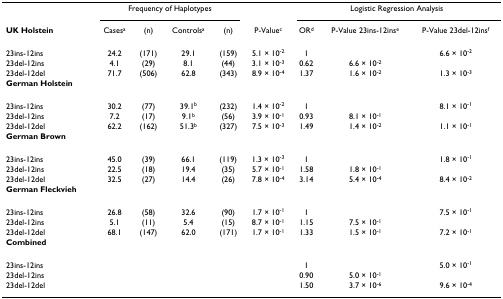
<table><thead><tr><td></td><td colspan="4"><b>Frequency of Haplotypes</b></td><td></td><td colspan="3"><b>Logistic Regression Analysis</b></td></tr><tr><td><b>UK Holstein</b></td><td><b>Cases<sup>a</sup></b></td><td><b>(n)</b></td><td><b>Controls<sup>a</sup></b></td><td><b>(n)</b></td><td><b>P-Value<sup>c</sup></b></td><td><b>OR<sup>d</sup></b></td><td><b>P-Value 23ins-12ins<sup>e</sup></b></td><td><b>P-Value 23del-12ins<sup>f</sup></b></td></tr></thead><tbody><tr><td>23ins-12ins</td><td>24.2</td><td>(171)</td><td>29.1</td><td>(159)</td><td>5.1 × 10<sup>-2</sup></td><td>1</td><td></td><td>6.6 × 10<sup>-2</sup></td></tr><tr><td>23del-12ins</td><td>4.1</td><td>(29)</td><td>8.1</td><td>(44)</td><td>3.1 × 10<sup>-3</sup></td><td>0.62</td><td>6.6 × 10<sup>-2</sup></td><td></td></tr><tr><td>23del-12del</td><td>71.7</td><td>(506)</td><td>62.8</td><td>(343)</td><td>8.9 × 10<sup>-4</sup></td><td>1.37</td><td>1.6 × 10<sup>-2</sup></td><td>1.3 × 10<sup>-3</sup></td></tr><tr><td><b>German Holstein</b></td><td></td><td></td><td></td><td></td><td></td><td></td><td></td><td></td></tr><tr><td>23ins-12ins</td><td>30.2</td><td>(77)</td><td>39.1<sup>b</sup></td><td>(232)</td><td>1.4 × 10<sup>-2</sup></td><td>1</td><td></td><td>8.1 × 10<sup>-1</sup></td></tr><tr><td>23del-12ins</td><td>7.2</td><td>(17)</td><td>9.1<sup>b</sup></td><td>(56)</td><td>3.9 × 10<sup>-1</sup></td><td>0.93</td><td>8.1 × 10<sup>-1</sup></td><td></td></tr><tr><td>23del-12del</td><td>62.2</td><td>(162)</td><td>51.3<sup>b</sup></td><td>(327)</td><td>7.5 × 10<sup>-3</sup></td><td>1.49</td><td>1.4 × 10<sup>-2</sup></td><td>1.1 × 10<sup>-1</sup></td></tr><tr><td><b>German Brown</b></td><td></td><td></td><td></td><td></td><td></td><td></td><td></td><td></td></tr><tr><td>23ins-12ins</td><td>45.0</td><td>(39)</td><td>66.1</td><td>(119)</td><td>1.3 × 10<sup>-3</sup></td><td>1</td><td></td><td>1.8 × 10<sup>-1</sup></td></tr><tr><td>23del-12ins</td><td>22.5</td><td>(18)</td><td>19.4</td><td>(35)</td><td>5.7 × 10<sup>-1</sup></td><td>1.58</td><td>1.8 × 10<sup>-1</sup></td><td></td></tr><tr><td>23del-12del</td><td>32.5</td><td>(27)</td><td>14.4</td><td>(26)</td><td>7.8 × 10<sup>-4</sup></td><td>3.14</td><td>5.4 × 10<sup>-4</sup></td><td>8.4 × 10<sup>-2</sup></td></tr><tr><td><b>German Fleckvieh</b></td><td></td><td></td><td></td><td></td><td></td><td></td><td></td><td></td></tr><tr><td>23ins-12ins</td><td>26.8</td><td>(58)</td><td>32.6</td><td>(90)</td><td>1.7 × 10<sup>-1</sup></td><td>1</td><td></td><td>7.5 × 10<sup>-1</sup></td></tr><tr><td>23del-12ins</td><td>5.1</td><td>(11)</td><td>5.4</td><td>(15)</td><td>8.7 × 10<sup>-1</sup></td><td>1.15</td><td>7.5 × 10<sup>-1</sup></td><td></td></tr><tr><td>23del-12del</td><td>68.1</td><td>(147)</td><td>62.0</td><td>(171)</td><td>1.7 × 10<sup>-1</sup></td><td>1.33</td><td>1.5 × 10<sup>-1</sup></td><td>7.2 × 10<sup>-1</sup></td></tr><tr><td><b>Combined</b></td><td></td><td></td><td></td><td></td><td></td><td></td><td></td><td></td></tr><tr><td>23ins-12ins</td><td></td><td></td><td></td><td></td><td></td><td>1</td><td></td><td>5.0 × 10<sup>-1</sup></td></tr><tr><td>23del-12ins</td><td></td><td></td><td></td><td></td><td></td><td>0.90</td><td>5.0 × 10<sup>-1</sup></td><td></td></tr><tr><td>23del-12del</td><td></td><td></td><td></td><td></td><td></td><td>1.50</td><td>3.7 × 10<sup>-6</sup></td><td>9.6 × 10<sup>-4</sup></td></tr></tbody></table>